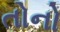
તોનો